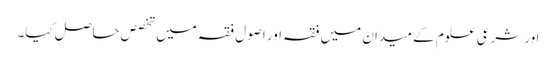
اور شرعی علوم کے میدان میں فقہ اور اصول فقہ میں تخصص حاصل کیا۔